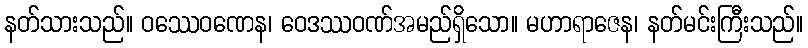
နတ်သားသည်။ ဝဿေဝဏေန၊ ဝေဒဿဝဏ်အမည်ရှိသော။ မဟာရာဇေန၊ နတ်မင်းကြီးသည်။